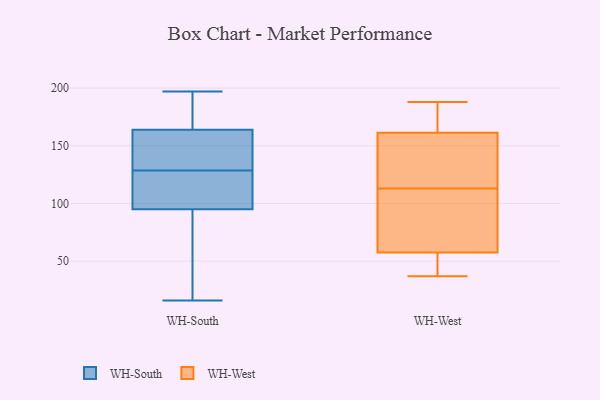
{"axis": {"x": "Page Views", "y": "Value"}, "legend": ["WH-South", "WH-West"], "data": [{"x": "", "y": 95, "type": "WH-South"}, {"x": "", "y": 149, "type": "WH-South"}, {"x": "", "y": 115, "type": "WH-South"}, {"x": "", "y": 176, "type": "WH-South"}, {"x": "", "y": 21, "type": "WH-South"}, {"x": "", "y": 197, "type": "WH-South"}, {"x": "", "y": 129, "type": "WH-South"}, {"x": "", "y": 129, "type": "WH-South"}, {"x": "", "y": 22, "type": "WH-South"}, {"x": "", "y": 45, "type": "WH-South"}, {"x": "", "y": 114, "type": "WH-South"}, {"x": "", "y": 164, "type": "WH-South"}, {"x": "", "y": 139, "type": "WH-South"}, {"x": "", "y": 171, "type": "WH-South"}, {"x": "", "y": 16, "type": "WH-South"}, {"x": "", "y": 123, "type": "WH-South"}, {"x": "", "y": 128, "type": "WH-South"}, {"x": "", "y": 164, "type": "WH-South"}, {"x": "", "y": 66, "type": "WH-West"}, {"x": "", "y": 170, "type": "WH-West"}, {"x": "", "y": 113, "type": "WH-West"}, {"x": "", "y": 60, "type": "WH-West"}, {"x": "", "y": 188, "type": "WH-West"}, {"x": "", "y": 124, "type": "WH-West"}, {"x": "", "y": 160, "type": "WH-West"}, {"x": "", "y": 50, "type": "WH-West"}, {"x": "", "y": 90, "type": "WH-West"}, {"x": "", "y": 165, "type": "WH-West"}, {"x": "", "y": 149, "type": "WH-West"}, {"x": "", "y": 47, "type": "WH-West"}, {"x": "", "y": 37, "type": "WH-West"}]}